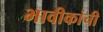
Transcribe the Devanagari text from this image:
भावीकांची